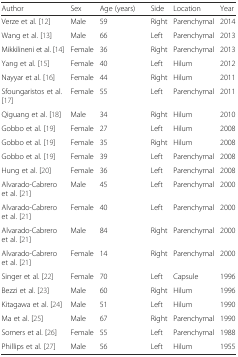
| Author | Sex | Age (years) | Side | Location | Year |
 | --- | --- | --- | --- | --- | --- |
 | Verze et al. [12] | Male | 59 | Right | Parenchymal | 2014 |
 | Wang et al. [13] | Male | 66 | Left | Parenchymal | 2013 |
 | Mikkilineni et al. [14] | Female | 36 | Right | Parenchymal | 2013 |
 | Yang et al. [15] | Female | 40 | Left | Hilum | 2012 |
 | Nayyar et al. [16] | Female | 44 | Right | Hilum | 2011 |
 | Sfoungaristos et al. [17] | Female | 55 | Left | Parenchymal | 2011 |
 | Qiguang et al. [18] | Male | 34 | Right | Hilum | 2010 |
 | Gobbo et al. [19] | Female | 27 | Left | Hilum | 2008 |
 | Gobbo et al. [19] | Female | 35 | Right | Hilum | 2008 |
 | Gobbo et al. [19] | Female | 39 | Left | Parenchymal | 2008 |
 | Hung et al. [20] | Female | 36 | Left | Parenchymal | 2008 |
 | Alvarado-Cabrero et al. [21] | Male | 45 | Left | Parenchymal | 2000 |
 | Alvarado-Cabrero et al. [21] | Female | 40 | Left | Parenchymal | 2000 |
 | Alvarado-Cabrero et al. [21] | Male | 84 | Right | Parenchymal | 2000 |
 | Alvarado-Cabrero et al. [21] | Female | 14 | Right | Parenchymal | 2000 |
 | Singer et al. [22] | Female | 70 | Left | Capsule | 1996 |
 | Bezzi et al. [23] | Male | 60 | Right | Hilum | 1996 |
 | Kitagawa et al. [24] | Male | 51 | Left | Hilum | 1990 |
 | Ma et al. [25] | Male | 67 | Right | Parenchymal | 1990 |
 | Somers et al. [26] | Female | 55 | Left | Parenchymal | 1988 |
 | Phillips et al. [27] | Male | 56 | Left | Hilum | 1955 |